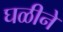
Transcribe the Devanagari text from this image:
घळीने